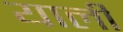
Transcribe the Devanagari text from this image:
याली